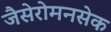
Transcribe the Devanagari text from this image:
जैसेरोमनसेक